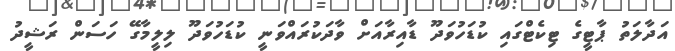
އަދާލަތު ޕާޓީގެ ޓިކެޓްގައި ކުޑަހުވަދޫ ޑާއިރާއަށް ވާދަކުރައްވަނީ ކުޑަހުވަދޫ ލިލީމާގޭ ހަސަން ރަޝީދު